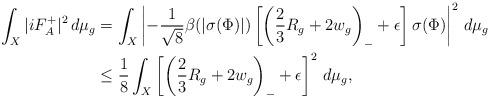
LaTeX: \begin{align*}\int_X |iF_A^+|^2 \,d\mu_g &= \int_X \left| - \frac{1}{\sqrt{8}} \beta(|\sigma(\Phi)|) \left[ \left(\frac{2}{3}R_g + 2w_g \right)_- + \epsilon \right] \sigma(\Phi) \right|^2 \,d\mu_g \\&\le \frac{1}{8} \int_X \left[ \left(\frac{2}{3}R_g + 2w_g \right)_- + \epsilon \right]^2 \,d\mu_g,\end{align*}